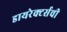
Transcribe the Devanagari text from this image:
डायरेक्टर्सची